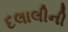
દલાલીની